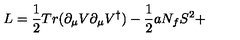
L = \frac { 1 } { 2 } T r ( \partial _ { \mu } V \partial _ { \mu } V ^ { \dagger } ) - \frac { 1 } { 2 } a N _ { f } S ^ { 2 } +